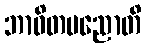
ဘာဝိတပညောတိ